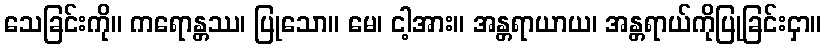
သေခြင်းကို။ ကရောန္တဿ၊ ပြုသော။ မေ၊ ငါ့အား။ အန္တရာယာယ၊ အန္တရာယ်ကိုပြုခြင်းငှာ။